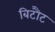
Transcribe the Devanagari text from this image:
बिटौट